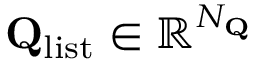
\mathbf { Q } _ { \mathrm { l i s t } } \in \mathbb { R } ^ { N _ { \mathbf { Q } } }